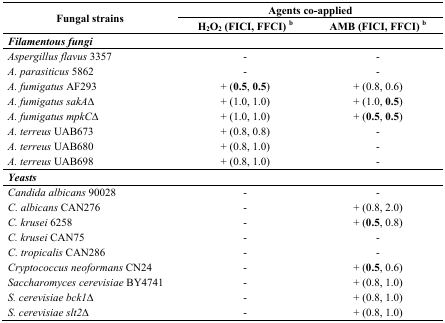
| <ROWSPAN=3> Fungal strains | <COLSPAN=2> Agents co-applied |
 | H2O2 (FICI, FFCI) b | AMB (FICI, FFCI) b |
 | --- | --- | --- |
 | <COLSPAN=3> Filamentous fungi |
 | Aspergillus flavus 3357 | - | - |
 | A. parasiticus 5862 | - | - |
 | A. fumigatus AF293 | + (0.5, 0.5) | + (0.8, 0.6) |
 | A. fumigatus sakAΔ | + (1.0, 1.0) | + (1.0, 0.5) |
 | A. fumigatus mpkCΔ | + (1.0, 1.0) | + (0.5, 0.5) |
 | A. terreus UAB673 | + (0.8, 0.8) | - |
 | A. terreus UAB680 | + (0.8, 1.0) | - |
 | A. terreus UAB698 | + (0.8, 1.0) | - |
 | <COLSPAN=3> Yeasts |
 | Candida albicans 90028 | - | - |
 | C. albicans CAN276 | - | + (0.8, 2.0) |
 | C. krusei 6258 | - | + (0.5, 0.8) |
 | C. krusei CAN75 | - | - |
 | C. tropicalis CAN286 | - | - |
 | Cryptococcus neoformans CN24 | - | + (0.5, 0.6) |
 | Saccharomyces cerevisiae BY4741 | - | + (0.8, 1.0) |
 | S. cerevisiae bck1Δ | - | + (0.8, 1.0) |
 | S. cerevisiae slt2Δ | - | + (0.8, 1.0) |